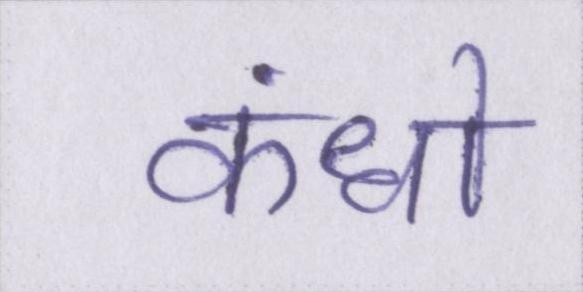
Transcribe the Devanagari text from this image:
कंधो